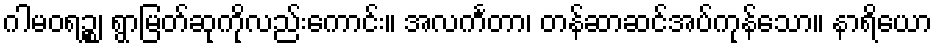
ဂါမဝရဉ္စ၊ ရွာမြတ်ဆုကိုလည်းကောင်း။ အလင်္ကတာ၊ တန်ဆာဆင်အပ်ကုန်သော။ နာရိယော